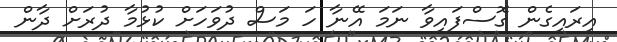
އިރައިގެން ގޮސްފައިވާ ނަމަ އޭނާ ހަ މަސް ދުވަހަށް ކުޅުމާ ދުރަށް ދާން